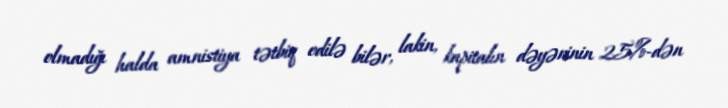
olmadığı halda amnistiya tətbiq edilə bilər, lakin, kapitalın dəyərinin 25%-dən